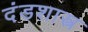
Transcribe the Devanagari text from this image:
दंडशास्त्र